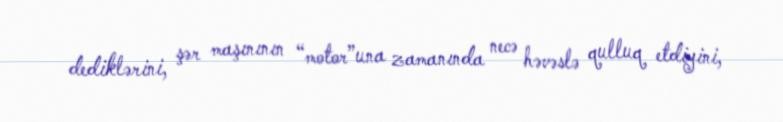
dediklərini, şər maşınının “motor”una zamanında necə həvəslə qulluq etdiyini,